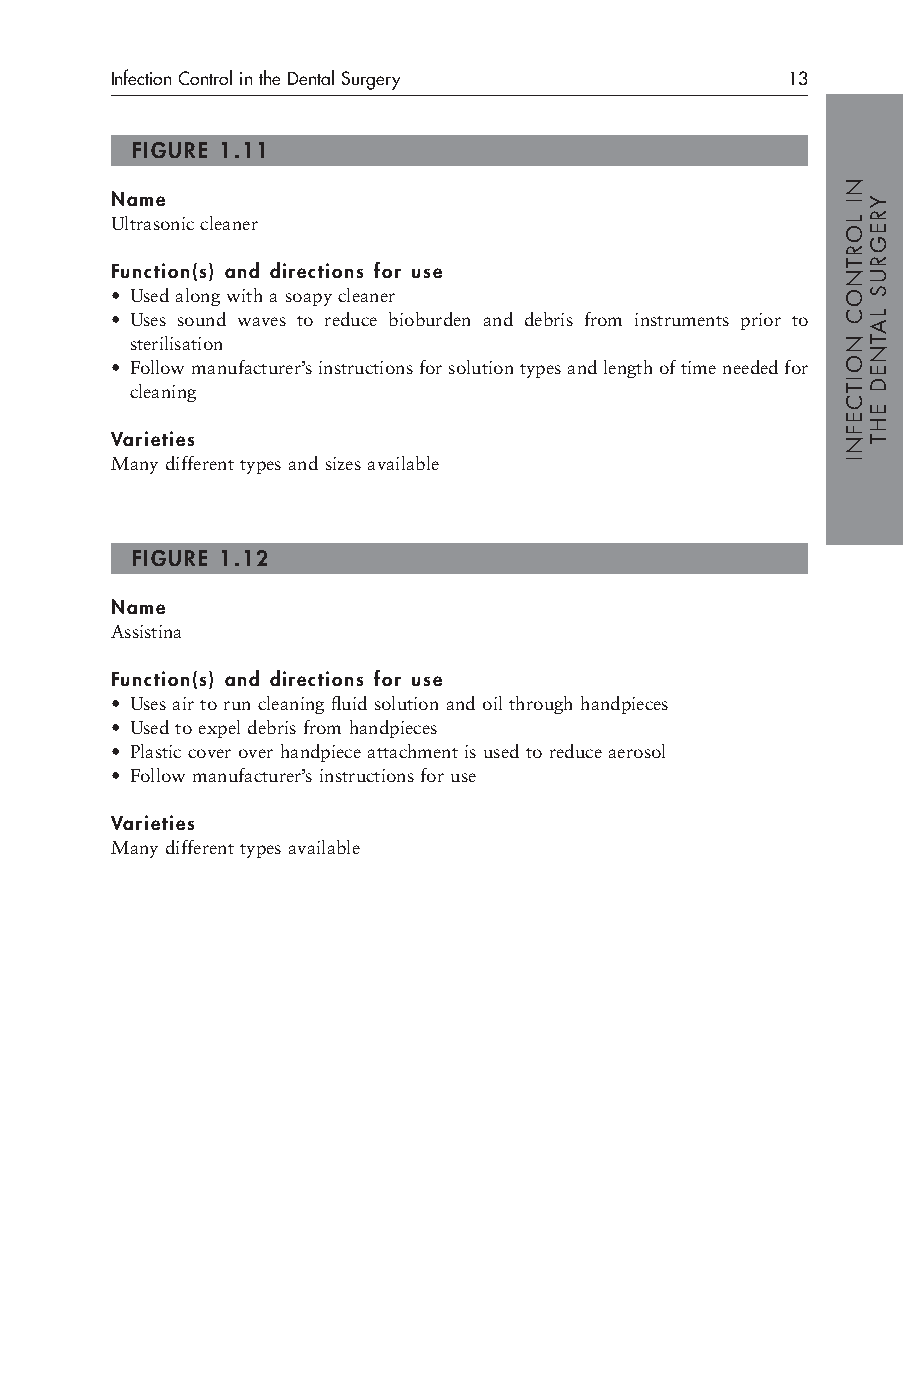
Infection Control in the Dental Surgery      13
 FIGURE 1.11
 Name
 Ultrasonic cleaner
 Function(s) and directions for use
 • Used along with a soapy cleaner
 • Uses sound waves to reduce bioburden and debris from instruments prior to
 sterilisation
 • Follow manufacturer’s instructions for solution types and length of time needed for
 cleaning
 Varieties
 Many different types and sizes available
 FIGURE 1.12
 Name
 Assistina
 Function(s) and directions for use
 • Uses air to run cleaning fluid solution and oil through handpieces
 • Used to expel debris from handpieces
 • Plastic cover over handpiece attachment is used to reduce aerosol
 • Follow manufacturer’s instructions for use
 Varieties
 Many different types available
 NI
 LORTNOC
 NOITCEFNI
 YREGRUS
 LATNED
 EHT